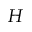
H